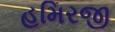
હમિરજી